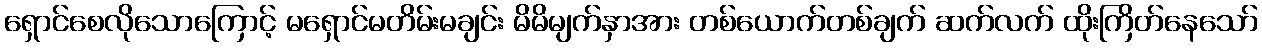
ရှောင်စေလိုသောကြောင့် မရှောင်မတိမ်းမချင်း မိမိမျက်နှာအား တစ်ယောက်တစ်ချက် ဆက်လက် ထိုးကြိတ်နေသော်